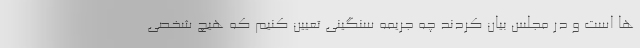
ها است و در مجلس بیان کردند چه جریمه سنگینی تعیین کنیم که هیچ شخصی